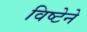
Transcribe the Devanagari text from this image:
विष्टेने